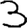
Digit: 3